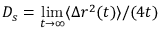
D _ { s } = \operatorname* { l i m } _ { t \to \infty } \langle \Delta r ^ { 2 } ( t ) \rangle / ( 4 t )